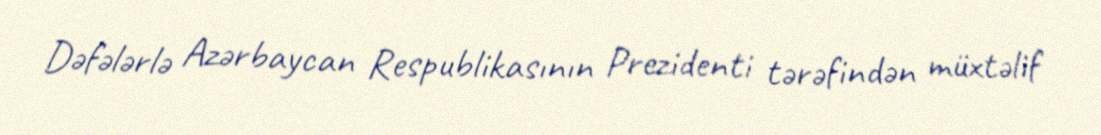
Dəfələrlə Azərbaycan Respublikasının Prezidenti tərəfindən müxtəlif